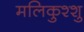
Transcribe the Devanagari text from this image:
मलिकुश्शु